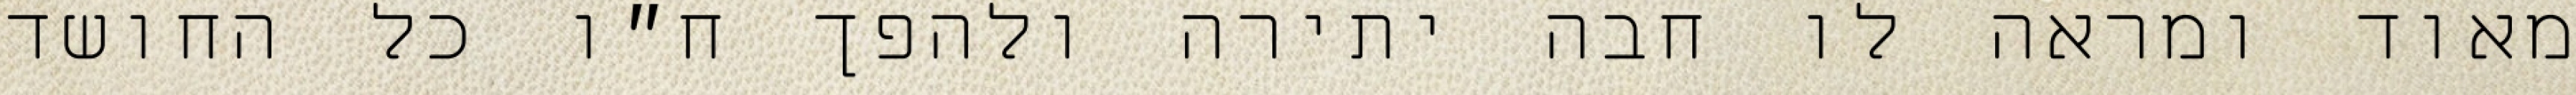
מאוד ומראה לו חבה יתירה ולהפך ח״ו כל החושד